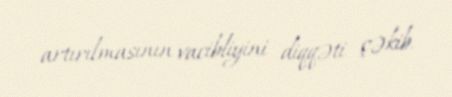
artırılmasının vacibliyini diqqəti çəkib.